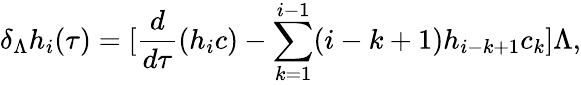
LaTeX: \delta_{\Lambda}h_{i}(\tau)=[\frac{d}{d\tau}(h_{i}c)-\sum_{k=1}^{i-1}(i-k+1)h_{i-k+1}c_{k}]\Lambda,